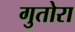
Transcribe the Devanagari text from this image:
गुतोरा